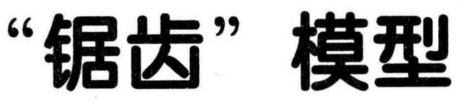
“锯齿” 模型